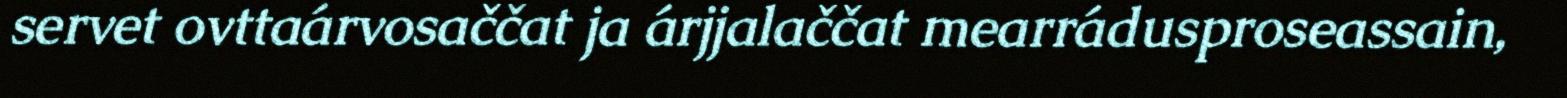
servet ovttaárvosaččat ja árjjalaččat mearrádusproseassain,